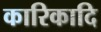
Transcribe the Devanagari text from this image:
कारिकादि